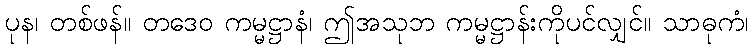
ပုန၊ တစ်ဖန်။ တဒေဝ ကမ္မဋ္ဌာနံ၊ ဤအသုဘ ကမ္မဋ္ဌာန်းကိုပင်လျှင်။ သာဓုကံ၊